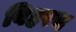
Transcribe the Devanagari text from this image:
विहरथ